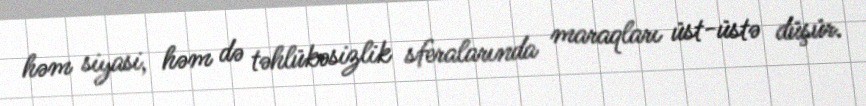
həm siyasi, həm də təhlükəsizlik sferalarında maraqları üst-üstə düşür.